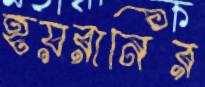
হয়রানির